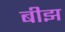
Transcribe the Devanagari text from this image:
बीझ